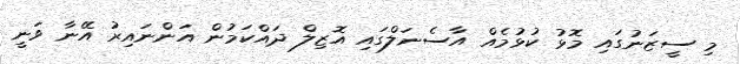
މި ސީޒަނުގައި މޮޅު ކުޅުމެއް އާސެނަލްގައި އޮޒިލް ދައްކަމުން އަންނައިރު އޭނާ ވަނީ